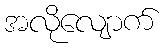
အလိုလျောက်